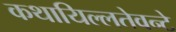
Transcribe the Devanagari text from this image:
कथायिल्‍लतेवन्‍टे